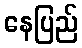
နေပြည်